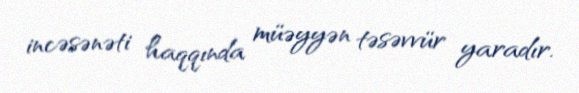
incəsənəti haqqında müəyyən təsəvvür yaradır.